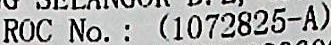
ROC NO. : (1072825-A)